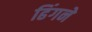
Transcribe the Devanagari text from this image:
ढिंगने